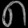
Digit: ၈